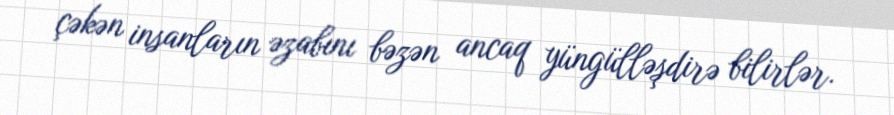
çəkən insanların əzabını bəzən ancaq yüngülləşdirə bilirlər.